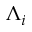
\Lambda _ { i }